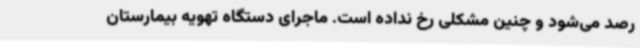
رصد می‌شود و چنین مشکلی رخ نداده است. ماجرای دستگاه تهویه بیمارستان